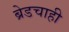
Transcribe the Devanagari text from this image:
ब्रेडचाही